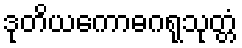
ဒုတိယကောဓဂရုသုတ္တံ